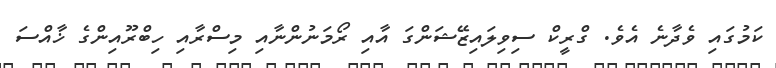
ކަމުގައި ވެދާނެ އެވެ. ގްރީކް ސިވިލައިޒޭޝަންގަ އާއި ރޯމަނުންނާއި މިސްރާއި ހިބްރޫއިންގެ ޚާއްސަ